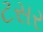
ટસર